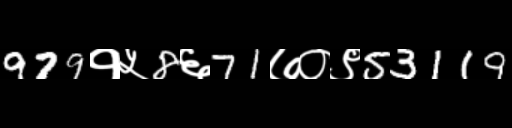
Text: 979१५8६71७०९53119